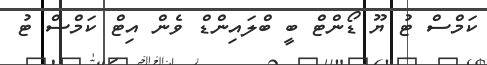
ކަމްސް ޓު ޔޫ ޑޯންޓް ބީ ބްލައިންޑް ވެން އިޓް ކަމްސް ޓު